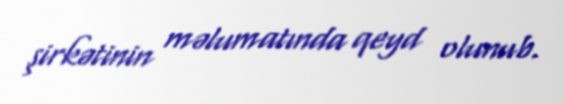
şirkətinin məlumatında qeyd olunub.